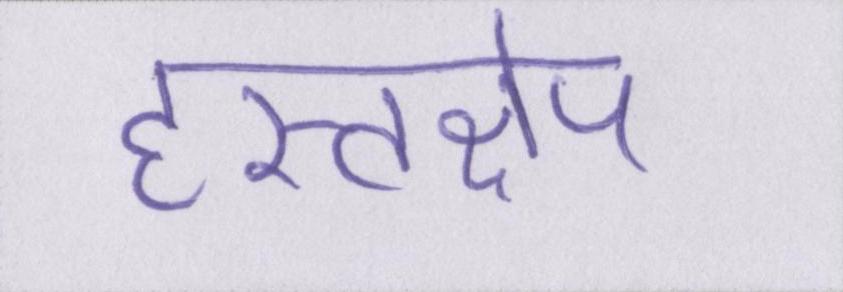
हस्तक्षेप